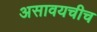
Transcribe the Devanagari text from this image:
असावयचीच